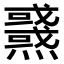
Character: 𤒜